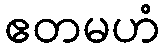
ဧတမဟံ